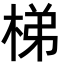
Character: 梯